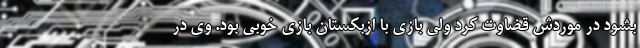
بشود در موردش قضاوت کرد ولی بازی با ازبکستان بازی خوبی بود. وی در